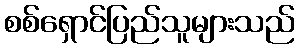
စစ်ရှောင်ပြည်သူများသည်